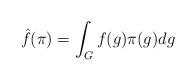
LaTeX: \begin{align*} \hat{f}(\pi) = \int_{G} f(g) \pi(g) dg \end{align*}